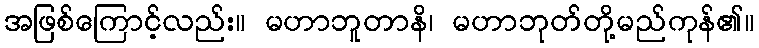
အဖြစ်ကြောင့်လည်း။ မဟာဘူတာနိ၊ မဟာဘုတ်တို့မည်ကုန်၏။